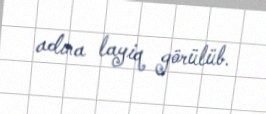
adına layiq görülüb.